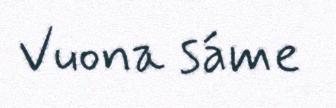
Vuona sáme